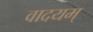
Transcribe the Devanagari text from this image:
वादयम्